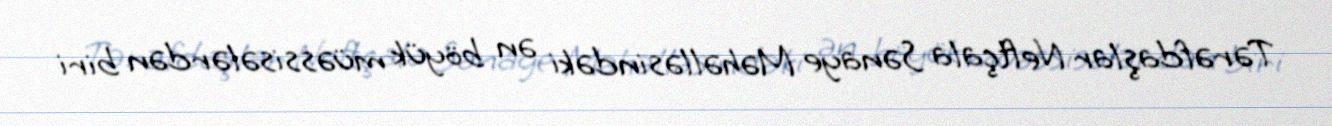
Tərəfdaşlar Neftçala Sənaye Məhəlləsindəki ən böyük müəssisələrdən biri